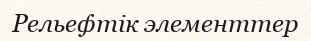
Рельефтік элементтер